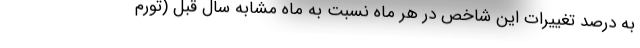
به درصد تغییرات این شاخص در هر ماه نسبت به ماه مشابه سال قبل (تورم